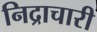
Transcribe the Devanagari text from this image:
निद्राचारी